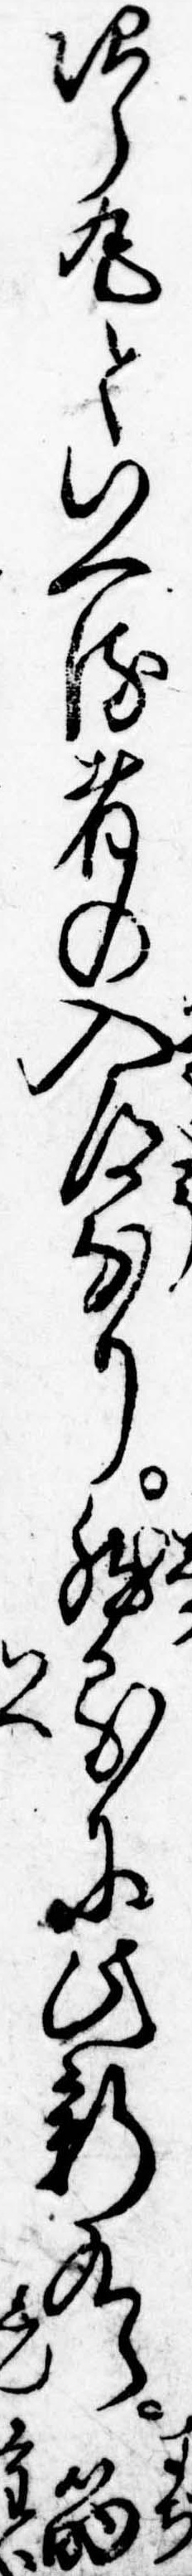
次郎丸といへる者の入道なり然るに此新九郎筋